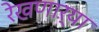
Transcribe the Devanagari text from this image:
रेखणाऱ्या